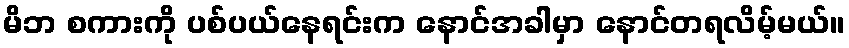
မိဘ စကားကို ပစ်ပယ်နေရင်းက နောင်အခါမှာ နောင်တရလိမ့်မယ်။